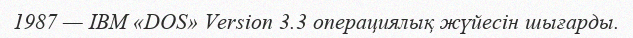
1987 — IBM «DOS» Version 3.3 операциялық жүйеcін шығарды.